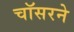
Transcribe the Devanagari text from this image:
चॉसरने